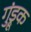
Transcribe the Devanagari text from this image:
गुंड्रूक